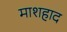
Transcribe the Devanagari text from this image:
माशहाद